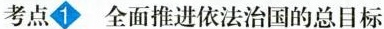
考点1 全面推进依法治国的总目标